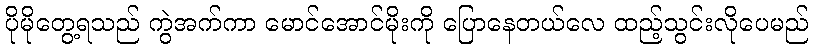
ပိုမိုတွေ့ရသည် ကွဲအက်ကာ မောင်အောင်မိုးကို ပြောနေတယ်လေ ထည့်သွင်းလိုပေမည်